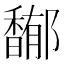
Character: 𩡏